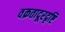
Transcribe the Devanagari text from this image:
वक्रतादूरदृष्टि